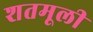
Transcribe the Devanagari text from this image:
शतमूली